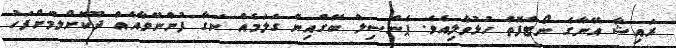
ރައިޝާ އޭނާގެ ނޯޓްފޮތް ހުޅުވާލިއެވެ. ޕެންސިލް ބޭގްއިން ގަލަމެއް ނަގާ ފުންނޭވާއެއް ދޫކޮށްލުމަށްފަހު